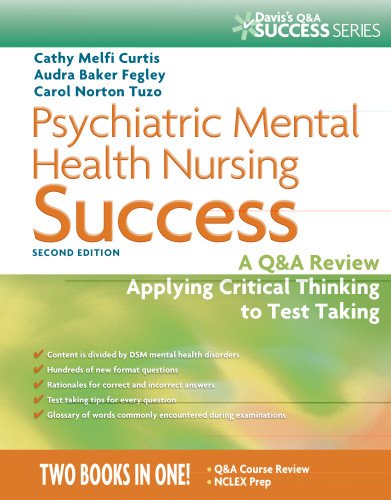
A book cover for Psychiatric Mental Health Nursing Success: A Q&A Review Applying Critical Thinking to Test Taking (Davis's Success); Cathy Melfi Curtis MSN  RN-BC; Medical Books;